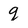
Character: g